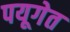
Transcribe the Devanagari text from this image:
पयूगेत